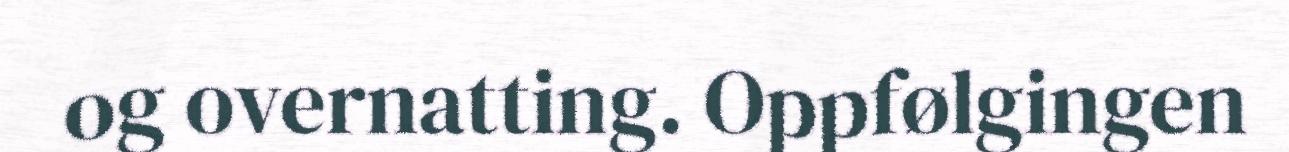
og overnatting. Oppfølgingen